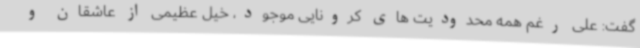
گفت: علی رغم همه محدودیت های کرونایی موجود، خیل عظیمی از عاشقان و